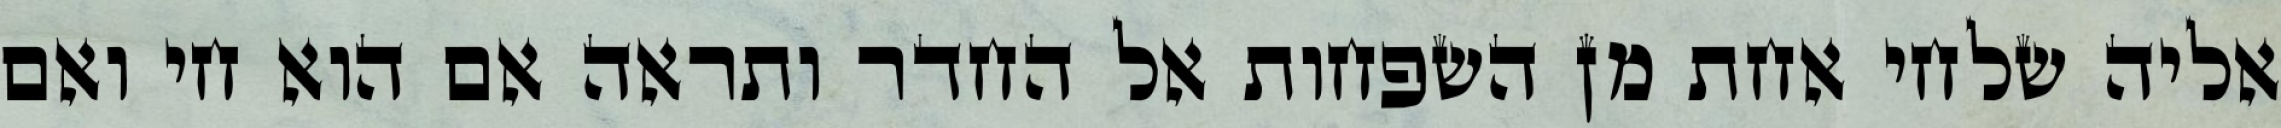
אליה שלחי אחת מן השפחות אל החדר ותראה אם הוא חי ואם